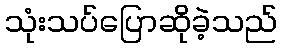
သုံးသပ်ပြောဆိုခဲ့သည်